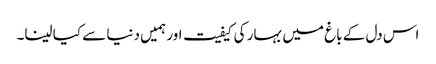
اس دل کے باغ میں بہار کی کیفیت اور ہمیں دنیا سے کیا لینا۔